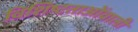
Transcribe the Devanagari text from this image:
विशिष्टताओंवाली